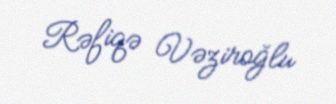
Rəfiqə Vəziroğlu